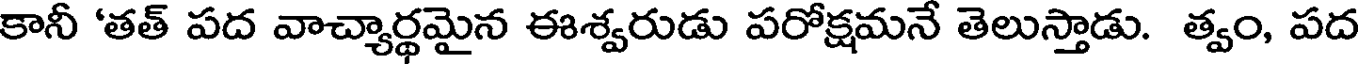
కానీ 'తత్ పద వాచ్యార్థమైన ఈశ్వరుడు పరోక్షమనే తెలుస్తాడు. త్వం, పద